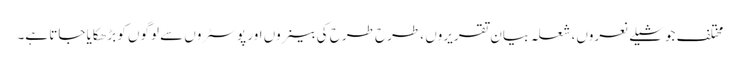
مختلف جوشیلے نعروں، شعلہ بیان تقریروں ، طرح طرح کی بینروں اور پوسٹروں سے لوگوں کو بڑھکایا جاتا ہے۔